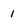
Character: 1